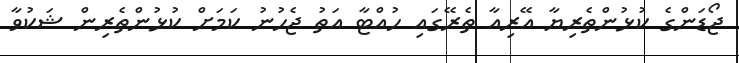
ޖޯޑަންގެ ކުޅުންތެރިޔާ އޭރިއާ ތެރޭގައި ހުއްޓާ އަތު ޖެހުނު ކަމަށް ކުޅުންތެރިން ޝަކުވާ